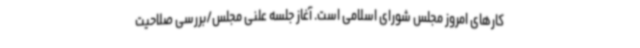
کارهای امروز مجلس شورای اسلامی است. آغاز جلسه علنی مجلس/بررسی صلاحیت